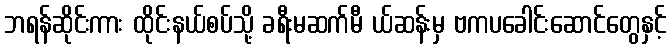
ဘရန်ဆိုင်းကား ထိုင်းနယ်စပ်သို့ ခရီးမဆက်မီ ယ်ဆန်းမှ ဗကပခေါင်းဆောင်တွေနှင့်